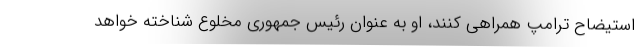
استیضاح ترامپ همراهی کنند، او به عنوان رئیس جمهوری مخلوع شناخته خواهد